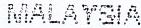
MALAYSIA